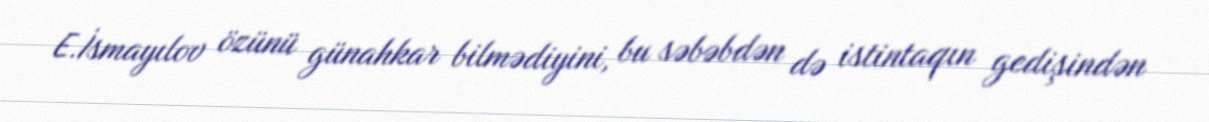
E.İsmayılov özünü günahkar bilmədiyini, bu səbəbdən də istintaqın gedişindən